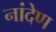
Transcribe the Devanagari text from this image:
नांदेण